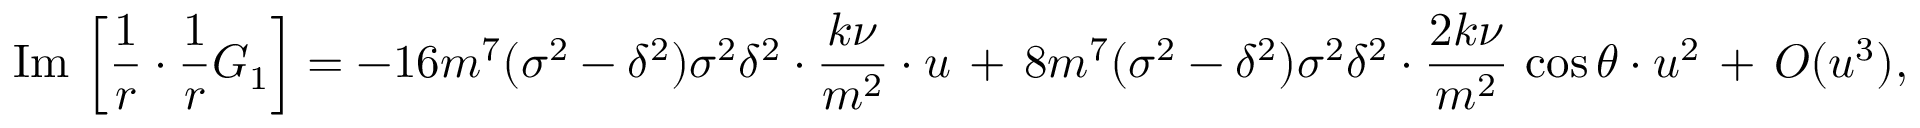
\mathrm { I m } \, \left[ \frac { 1 } { r } \cdot \frac { 1 } { r } G _ { 1 } \right] = - 1 6 m ^ { 7 } ( \sigma ^ { 2 } - \delta ^ { 2 } ) \sigma ^ { 2 } \delta ^ { 2 } \cdot \frac { k \nu } { m ^ { 2 } } \cdot u \, + \, 8 m ^ { 7 } ( \sigma ^ { 2 } - \delta ^ { 2 } ) \sigma ^ { 2 } \delta ^ { 2 } \cdot \frac { 2 k \nu } { m ^ { 2 } } \, \cos \theta \cdot u ^ { 2 } \, + \, { \cal O } ( u ^ { 3 } ) ,